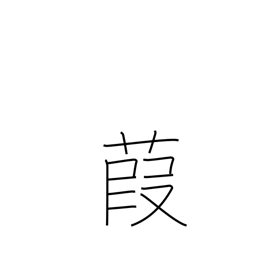
Meaning: reed